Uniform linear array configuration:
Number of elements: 24
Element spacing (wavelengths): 0.75
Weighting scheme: exponential
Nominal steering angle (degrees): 15
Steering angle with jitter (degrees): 14.811
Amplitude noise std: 0.05
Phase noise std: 0.05

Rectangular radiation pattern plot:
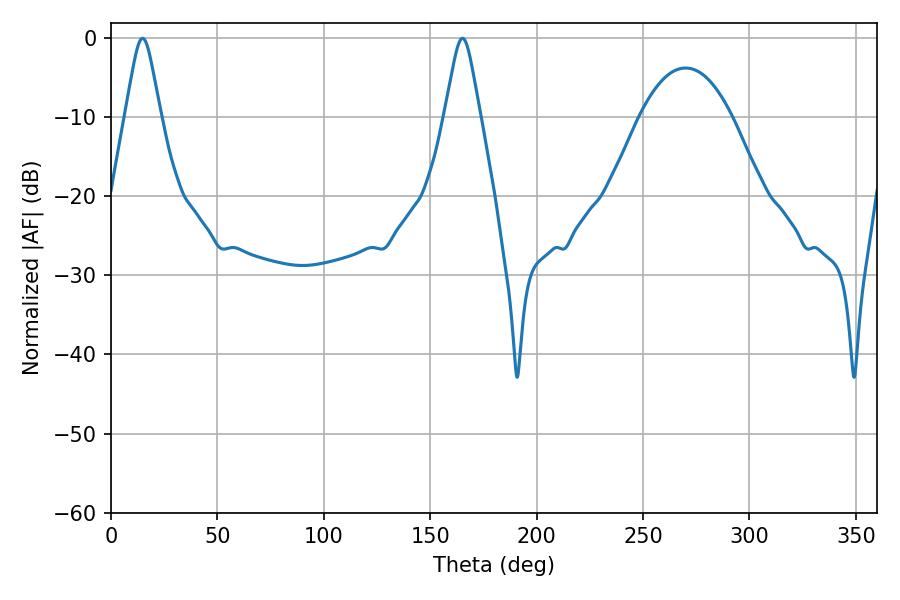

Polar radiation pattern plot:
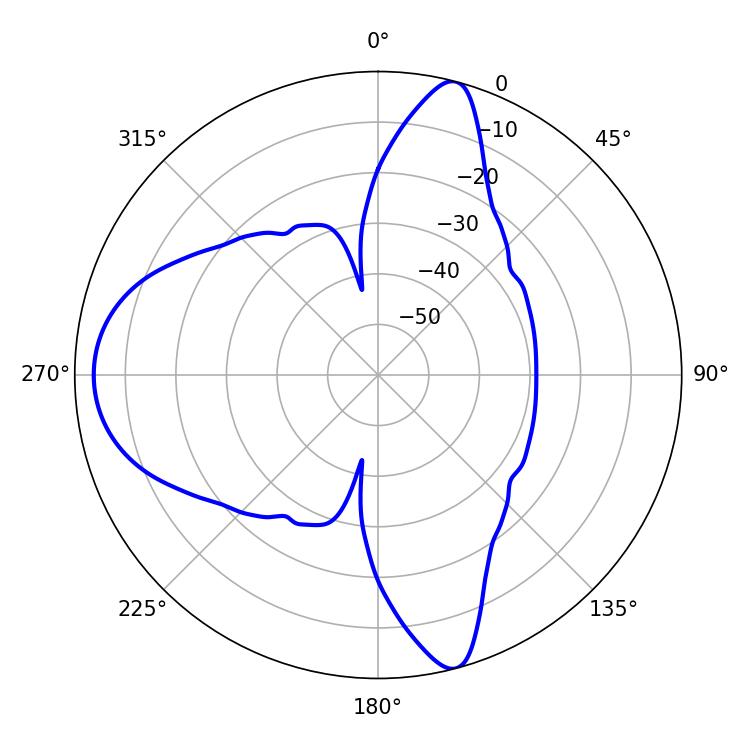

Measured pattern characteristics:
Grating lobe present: TRUE
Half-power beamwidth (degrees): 7.92
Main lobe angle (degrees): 14.76